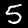
Digit: 5